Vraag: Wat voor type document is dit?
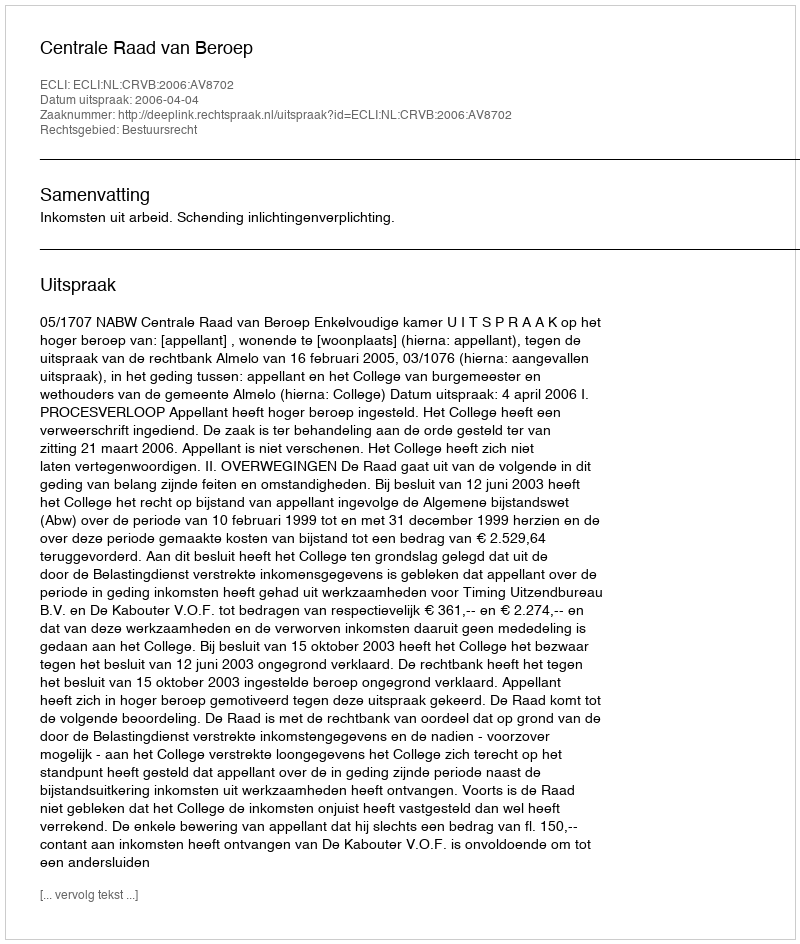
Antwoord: Uitspraak